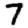
Digit: 7